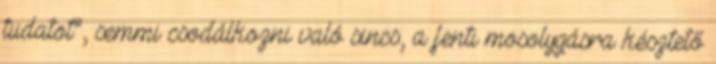
tudatot”, semmi csodálkozni való sincs, a fenti mosolygásra késztető